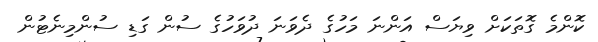
ކޮންމެ ގޮތަކަށް ވިޔަސް އަންނަ މަހުގެ ދެވަނަ ދުވަހުގެ ސުން ގަޑި ސުންމިނެޓުން